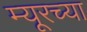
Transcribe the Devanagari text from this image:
म्यूरच्या